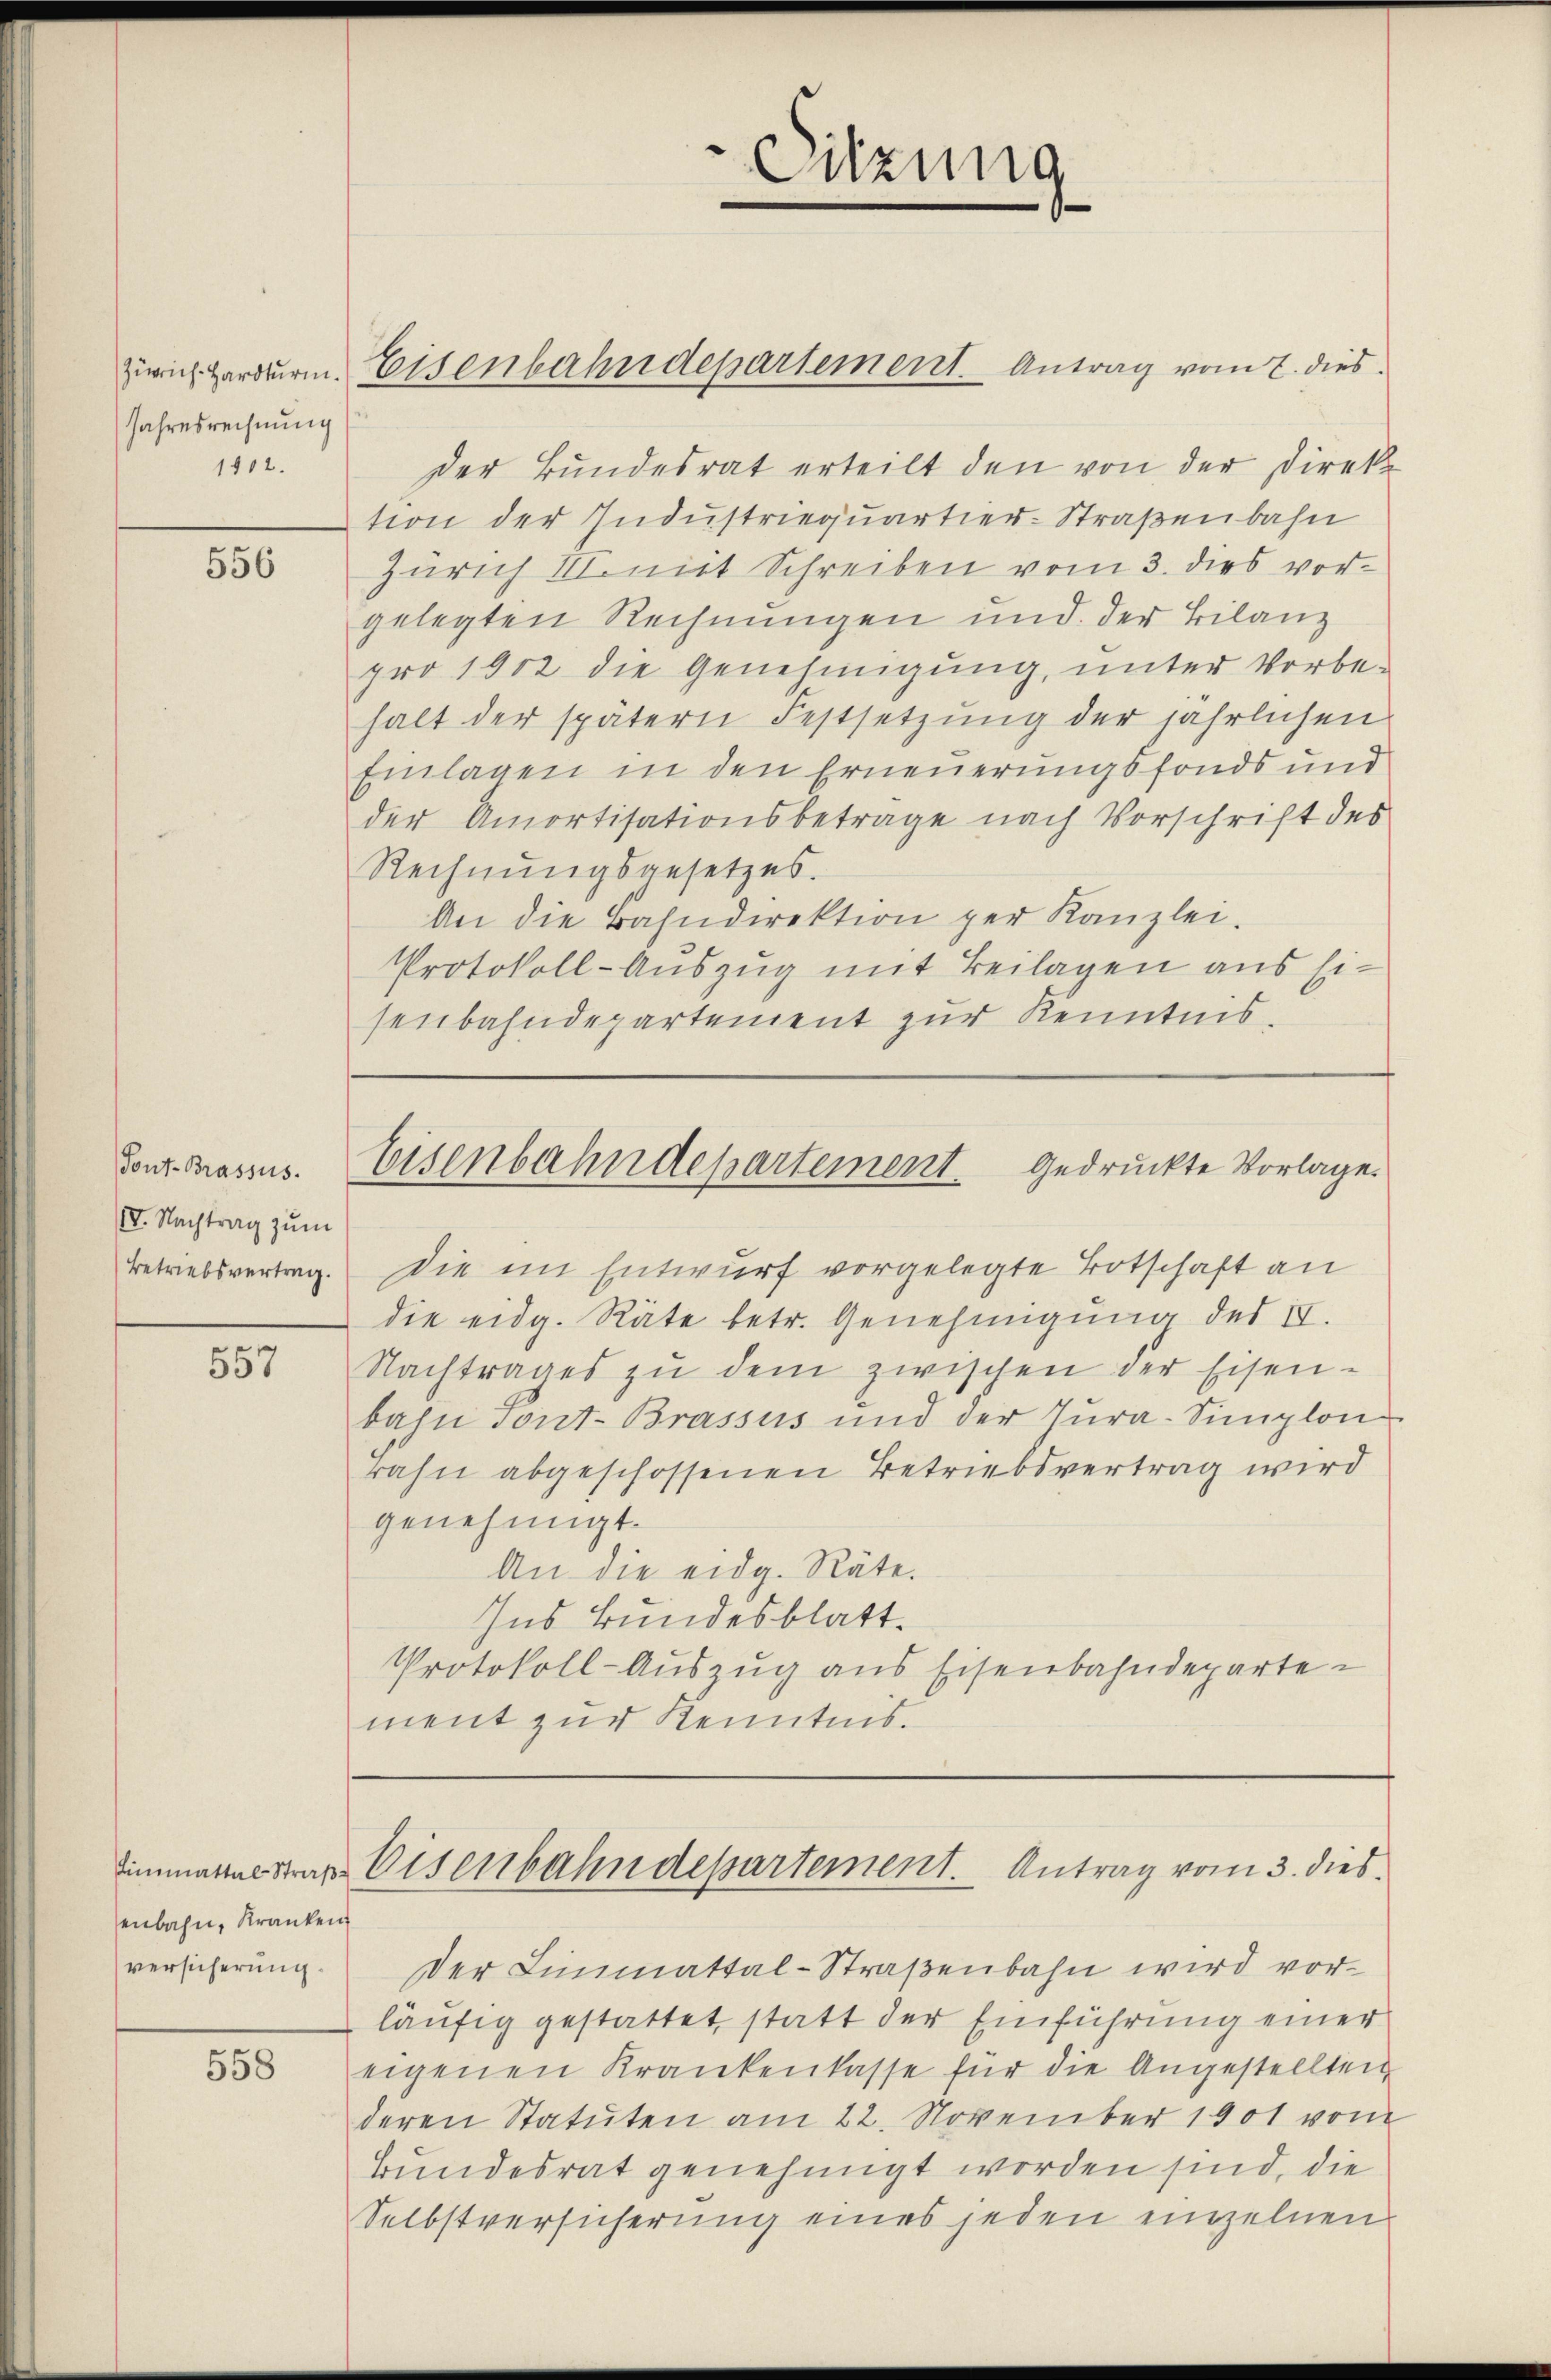
Jahresrechnung
1402.

556

I. Nachtrag zum
Betriebsvertrag.

557

senbahn, Kranken
versicherung.

558

Sitzung

Zürich Hardurm. Eisenbahndepartement. Antrag vom 2. dies

Donz Brasens. Eisenbahndepartement gedruckte Vorlage.

Einmannestrat Eisenbahndepartement. Antrag vom 3. dies

der Bundesrat erteilt den von der Direkt
tion der Industriequartier-Straßenbahn
Zürich III. mit Schreiben vom 3. dies vorgelegten Rechnungen und der Bilanz
pro 1902 die Genehmigung, unter Vorbehalt der spätern Festsetzŭng der jährlichen
Einlagen in den Erneuerungsfonds und
der Amortisationsbeträge nach Vorschrift des
Rechnungsgesetzes.
An die Bahndirektion per Kanzlei.
Protokoll-Auszug mit Beilagen aus Eisenbahndepartement zur Kenntnis.

Die im Entwurf vorgelegte Botschaft an
die eidg. Räte betr. Genehmigung des II.
Nachtrages zŭ dem zwischen der Eisen-
bahn Tont-Brassus und der Tŭra-Simplon
Bahn abgeschossenen Betriebsvertrag wird
genehmigt.
An die eidg. Räte.
Ins Bundesblatt.
Protokoll-Auszug aus Eisenbahndeparte
ment zur Kenntnis.

Der Limmattal-Straßenbahn wird vorläufig gestattet, statt der Einführung einer
eigenen Krankenkasse für die Angestellten
deren Statuten am 22. November 1901 vom
Bundesrat genehmigt worden sind, die
Selbstversicherung eines jeden einzelnen